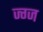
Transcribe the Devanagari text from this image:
ज्ग्ज